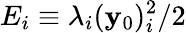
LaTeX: E_{i}\equiv\lambda_{i}(\mathbf{y}_{0})_{i}^{2}/2